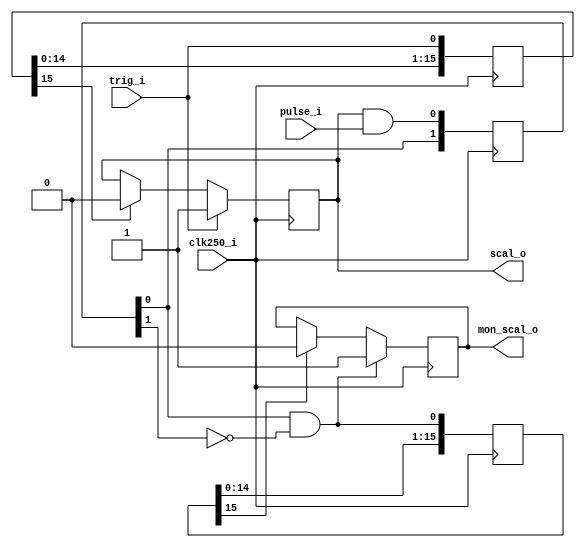
`timescale 1ns / 1ps
////////////////////////////////////////////////////////////////////////////////
// This file is a part of the Antarctic Impulsive Transient Antenna (ANITA)
// project, a collaborative scientific effort between multiple institutions. For
// more information, contact Peter Gorham (gorham@phys.hawaii.edu).
//
// All rights reserved.
//
// Author:
// Author:
////////////////////////////////////////////////////////////////////////////////
module srl_oneshot_with_ref(
		input clk250_i,
		input pulse_i,
		input trig_i,
		output mon_scal_o,
		output scal_o
    );

	parameter ONESHOT_LENGTH = 16;

	reg [1:0] mon_flag_reg = 0;
	reg mon_flag = 0;
	reg flag = 0;
	reg [15:0] delay_line = {16{1'b0}};
	reg [15:0] mon_delay_line = {16{1'b0}};
	
	always @(posedge clk250_i) begin
		mon_flag_reg <= {mon_flag_reg[0],flag & pulse_i};
		if (mon_flag_reg[0] && !mon_flag_reg[1]) mon_flag <= 1;
		else if (mon_delay_line[ONESHOT_LENGTH-1]) mon_flag <= 0;
		
		mon_delay_line <= {mon_delay_line[14:0],mon_flag_reg[0] && !mon_flag_reg[1]};
		
		if (trig_i) flag <= 1;
		else if (delay_line[ONESHOT_LENGTH-1]) flag <= 0;
		
		delay_line <= {delay_line[14:0],trig_i};
	end
	assign scal_o = flag;
	assign mon_scal_o = mon_flag;
endmodule